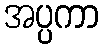
အပ္ပကာ